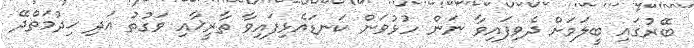
ބޭރުގައި ބީލަމަށް ދެވިފައިވާ ނަން ހުޅުވަން ކަނޑައެޅިފައިވާ ތާރީޚާއި ވަގުތު އަދި ޚިދުމަތްދޭ